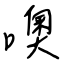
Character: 噢